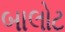
બાલોટ